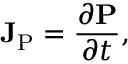
\mathbf { J } _ { \mathrm { P } } = { \frac { \partial \mathbf { P } } { \partial t } } ,